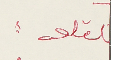
القلعه: